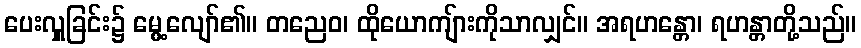
ပေးလှူခြင်း၌ မွေ့လျော်၏။ တညေဝ၊ ထိုယောကျ်ားကိုသာလျှင်။ အရဟန္တော၊ ရဟန္တာတို့သည်။